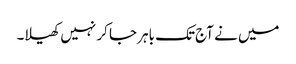
میں نے آج تک باہر جا کر نہیں کھیلا۔